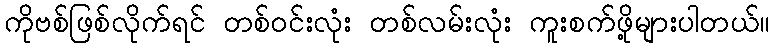
ကိုဗစ်ဖြစ်လိုက်ရင် တစ်ဝင်းလုံး တစ်လမ်းလုံး ကူးစက်ဖို့များပါတယ်။